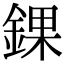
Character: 錁